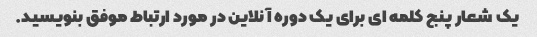
یک شعار پنج کلمه ای برای یک دوره آنلاین در مورد ارتباط موفق بنویسید.